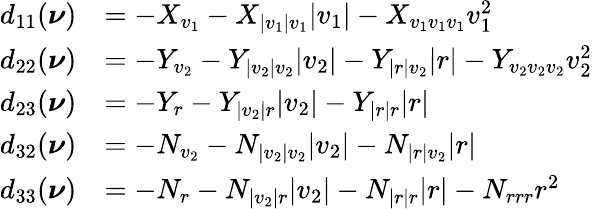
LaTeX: \begin{array}{rl}{d_{11}(\boldsymbol{\nu})}&{=-X_{v_{1}}-X_{|v_{1}|v_{1}}|v_{1}|-X_{v_{1}v_{1}v_{1}}v_{1}^{2}}\\ {d_{22}(\boldsymbol{\nu})}&{=-Y_{v_{2}}-Y_{|v_{2}|v_{2}}|v_{2}|-Y_{|r|v_{2}}|r|-Y_{v_{2}v_{2}v_{2}}v_{2}^{2}}\\ {d_{23}(\boldsymbol{\nu})}&{=-Y_{r}-Y_{|v_{2}|r}|v_{2}|-Y_{|r|r}|r|}\\ {d_{32}(\boldsymbol{\nu})}&{=-N_{v_{2}}-N_{|v_{2}|v_{2}}|v_{2}|-N_{|r|v_{2}}|r|}\\ {d_{33}(\boldsymbol{\nu})}&{=-N_{r}-N_{|v_{2}|r}|v_{2}|-N_{|r|r}|r|-N_{rrr}r^{2}}\end{array}